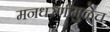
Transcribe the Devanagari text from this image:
मनधरणीमुळेच